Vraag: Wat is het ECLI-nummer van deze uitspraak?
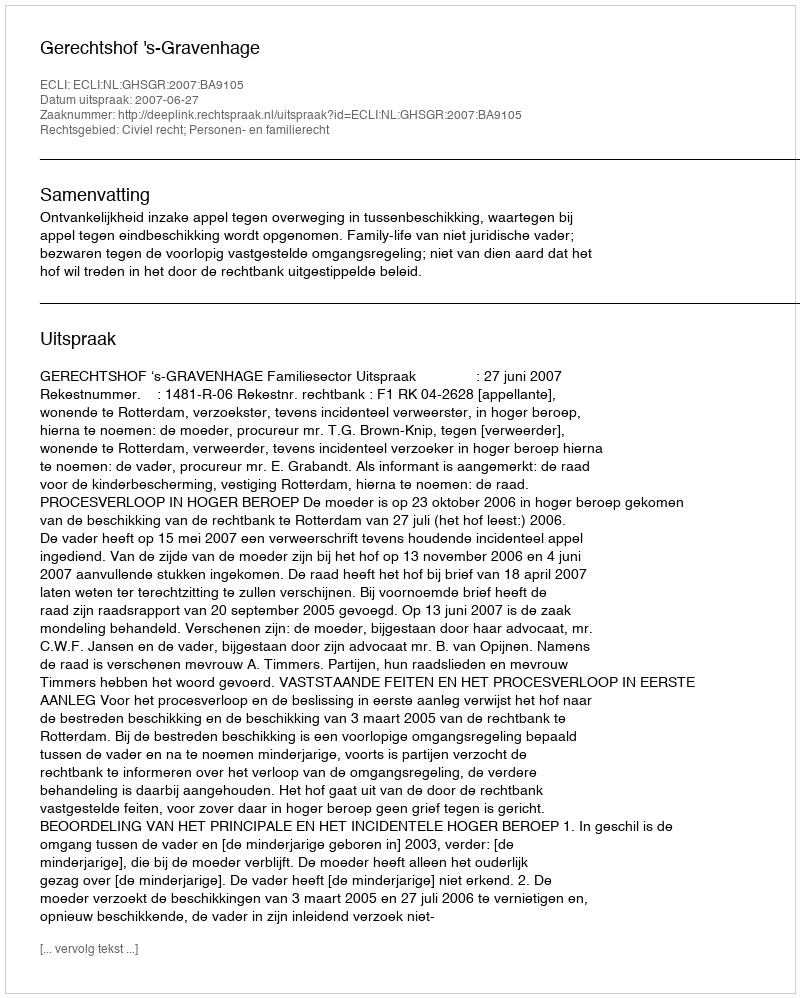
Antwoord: ECLI:NL:GHSGR:2007:BA9105